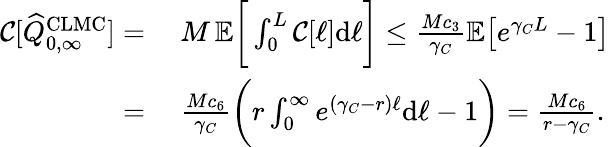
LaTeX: \begin{array}{rl}{{\mathcal{C}}[\widehat{Q}_{0,\infty}^{\mathrm{CLMC}}]=}&{\ M\, {\mathbb{E}}\bigg[\int_{0}^{L}{\mathcal{C}}[\ell]\textup{d}\ell\bigg]\leq\frac{Mc_{3}}{\gamma_{C}}{\mathbb{E}}\big[e^{\gamma_{C}L}-1\big]}\\ {=}&{\ \frac{Mc_{6}}{\gamma_{C}}\bigg(r\int_{0}^{\infty}e^{(\gamma_{C}-r)\ell}\textup{d}\ell-1\bigg)=\frac{Mc_{6}}{r-\gamma_{C}}.}\end{array}